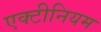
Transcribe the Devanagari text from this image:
एक्टीनियम